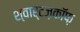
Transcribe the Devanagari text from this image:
श्वार्टज़कॉफ़